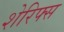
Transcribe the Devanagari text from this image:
शेरिफ्स